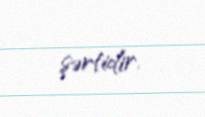
şərtidir.